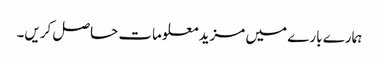
ہمارے بارے میں مزید معلومات حاصل کریں۔